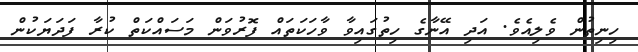
ހިނިތުން ވެލިއެވެ. އަދި އޭނާގެ ހިތުގައިވާ ވާހަކަތައް ފޮރުވަން މަސައްކަތް ކުރާ ފަދަޔަކުން